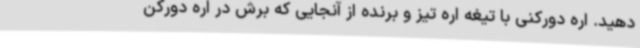
دهید. اره دورکنی با تیغه اره تیز و برنده از آنجایی که برش در اره دورکن